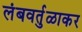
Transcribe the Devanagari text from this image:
लंबवर्तुळाकर